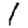
Digit: 1